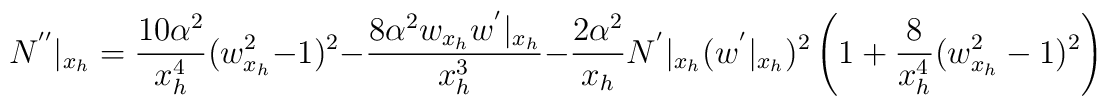
N^{''}|_{x_h}=\frac{10\alpha^2}{x_h^4}(w_{x_h}^2-1)^2-\frac{8\alpha^2 w_{x_h}w^{'}|_{x_h}}{x_h^3}-\frac{2\alpha^2}{x_h}N^{'}|_{x_h}(w^{'}|_{x_h})^2\left(1+\frac{8}{x_h^4}(w_{x_h}^2-1)^2\right)